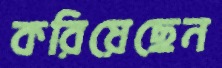
করিয়েছেন